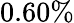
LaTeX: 0.60\%